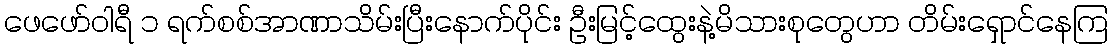
ဖေဖော်ဝါရီ ၁ ရက်စစ်အာဏာသိမ်းပြီးနောက်ပိုင်း ဦးမြင့်ထွေးနဲ့မိသားစုတွေဟာ တိမ်းရှောင်နေကြ